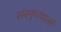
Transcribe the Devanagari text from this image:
संस्कृतवालों